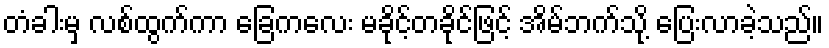
တံခါးမှ လစ်ထွက်ကာ ခြေကလေး မခိုင့်တခိုင်ဖြင့် အိမ်ဘက်သို့ ပြေးလာခဲ့သည်။